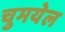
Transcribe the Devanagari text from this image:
चुमयेल